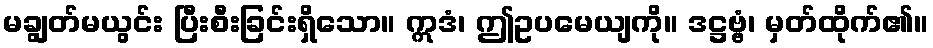
မချွတ်မယွင်း ပြီးစီးခြင်းရှိသော။ ဣဒံ၊ ဤဥပမေယျကို။ ဒဋ္ဌဗ္ဗံ၊ မှတ်ထိုက်၏။